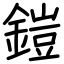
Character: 鎧